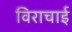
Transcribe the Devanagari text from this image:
विराचाई